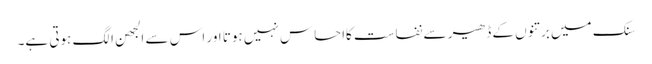
سنک میں برتنوں کے ڈھیر سے نفاست کااحساس نہیں ہوتا اور اس سے الجھن الگ ہوتی ہے۔